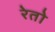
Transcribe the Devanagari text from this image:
रेतो